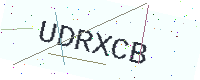
Text: UDRXCB